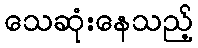
သေဆုံးနေသည့်